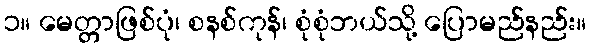
၁။ မေတ္တာဖြစ်ပုံ၊ စနစ်ကုန်၊ စုံစုံဘယ်သို့ ပြောမည်နည်း။